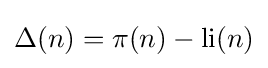
\Delta (n)=\pi (n)-\operatorname {li} (n)